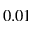
0 . 0 1